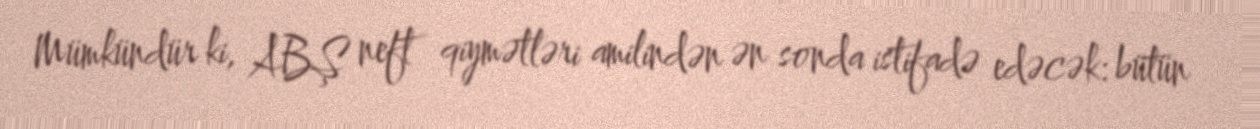
Mümkündür ki, ABŞ neft qiymətləri amilindən ən sonda istifadə edəcək: bütün